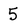
Character: 5